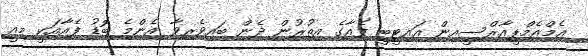
އެމްއެމްޕީއާރްސީއިން އައިޓީބީ ފެއާގެ އިތުރުން ދެން ބައިވެރިވާ އެންމެ ބޮޑު ފެއާއަކީ މިއީ